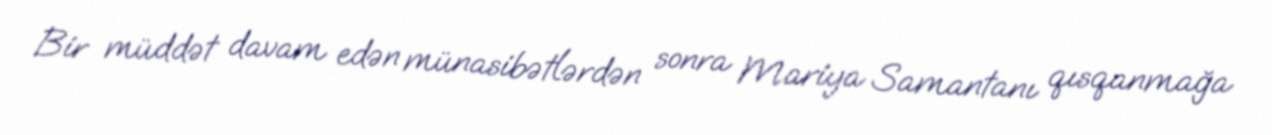
Bir müddət davam edən münasibətlərdən sonra Mariya Samantanı qısqanmağa